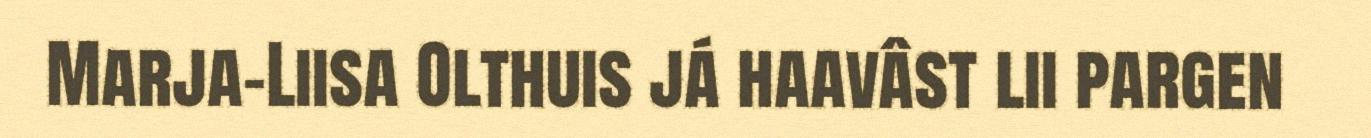
Marja-Liisa Olthuis já haavâst lii pargen